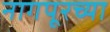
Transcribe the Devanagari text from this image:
नागपूरच्‍या